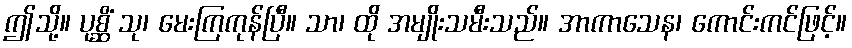
ဤသို့။ ပုစ္ဆိံ သု၊ မေးကြကုန်ပြီ။ သာ၊ ထို အမျိုးသမီးသည်။ အာကာသေန၊ ကောင်းကင်ဖြင့်။